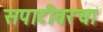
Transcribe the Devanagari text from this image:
सपाटीवरचा